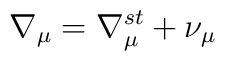
\nabla _{\mu }=\nabla _{\mu }^{st}+\nu _{\mu }